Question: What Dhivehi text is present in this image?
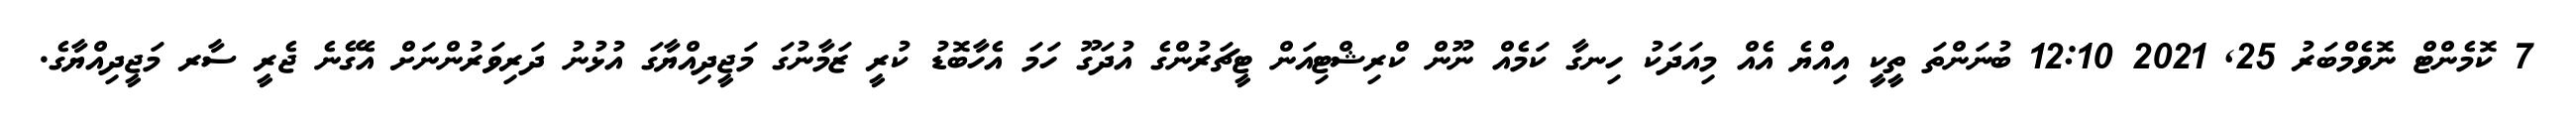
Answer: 7 ކޮމެންޓް ނޮވެމްބަރު 25, 2021 12:10 ބުނަންތަ ތީކީ އިއްޔެ އެއް މިއަދަކު ހިނގާ ކަމެއް ނޫން ކްރިޝްޓިއަން ޓީޗަރުންގެ އުދަގޫ ހަމަ އެހާބޮޑު ކުރީ ޒަމާނުގަ މަޖީދިއްޔާގަ އުޅުނު ދަރިވަރުންނަށް އެގޭނެ ޖެރީ ސާރ މަޖީދިއްޔާގެ.